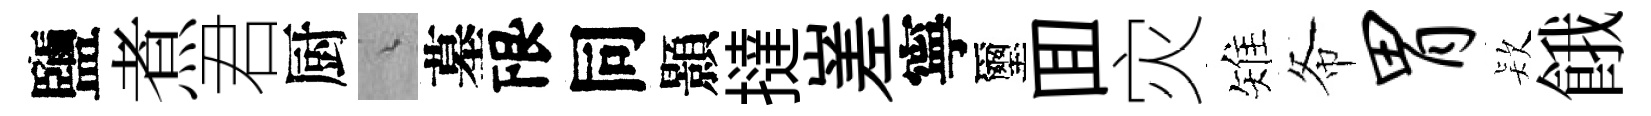
鹽煮君厨綿墓限同顥撻嵳寧璽囬灾雉𢁙胃𣣇餓